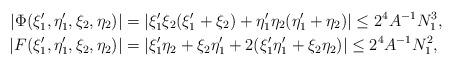
LaTeX: \begin{align*}|\Phi (\xi_1', \eta_1', \xi_2 ,\eta_2) |& = |\xi_1' \xi_2(\xi_1' + \xi_2) + \eta_1' \eta_2 (\eta_1' + \eta_2)|\leq 2^4 A^{-1} N_1^3 , \\|F (\xi_1', \eta_1', \xi_2 ,\eta_2)| & = |\xi_1' \eta_2 + \xi_2 \eta_1' + 2 (\xi_1' \eta_1' + \xi_2 \eta_2)|\leq 2^4 A^{-1} N_1^2,\end{align*}